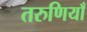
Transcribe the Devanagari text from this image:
तरुणियाँ